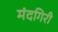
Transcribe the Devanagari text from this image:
मंदगिरी